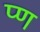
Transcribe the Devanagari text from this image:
प्ण